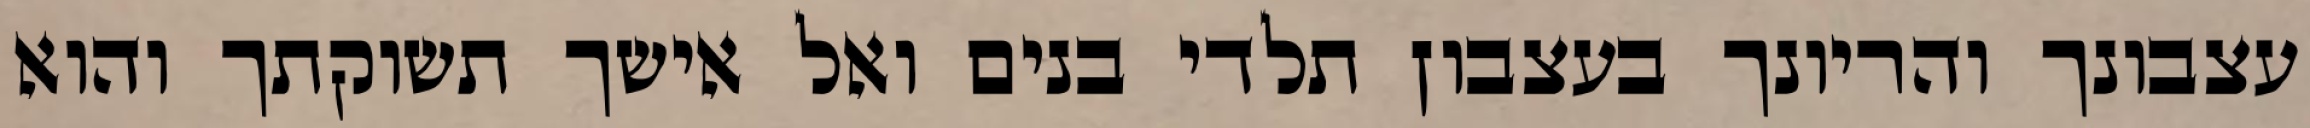
עצבונך והריונך בעצבון תלדי בנים ואל אישך תשוקתך והוא